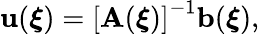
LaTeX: \mathbf{u}(\boldsymbol{\xi})=\left[\mathbf{A}(\boldsymbol{\xi})\right]^{-1}\mathbf{b}(\boldsymbol{\xi}),